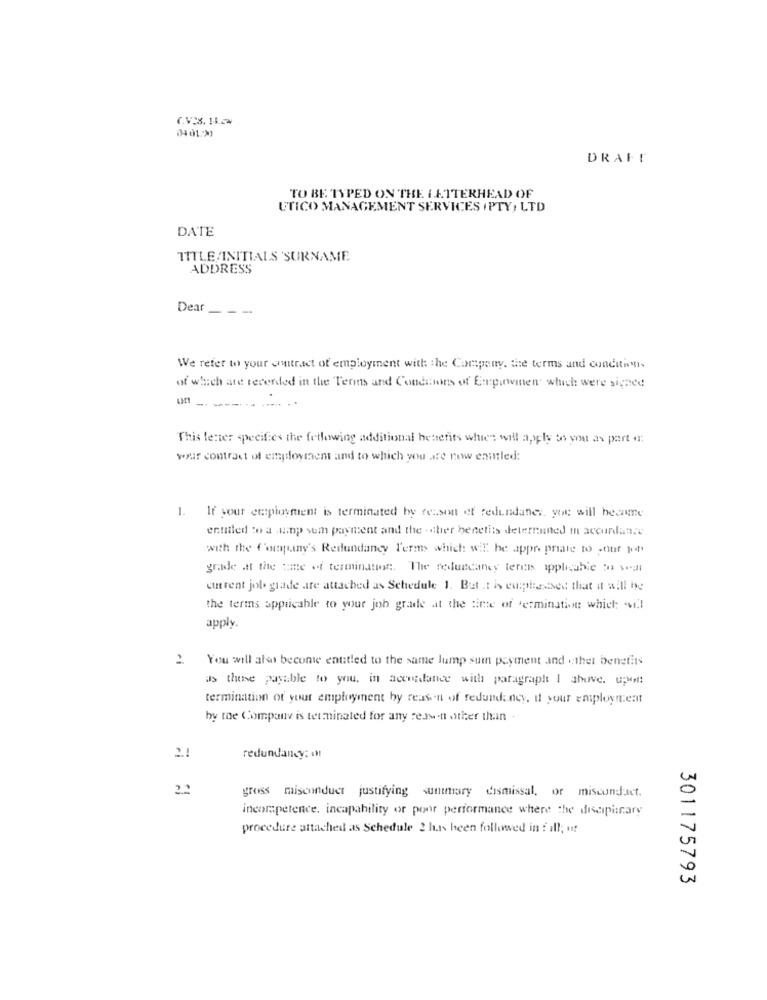
DRAFT
TO BE TYPED ON THE LETTERHEAD OF
UTICO MANAGEMENT SERVICES / PTY, LTD
DATE
TITLE/INITIALS 'SURNAME
ADDRESS
Dear ---
We refer to your gitract of employment with the Company, the terms and conditions
of which are recorded in the Terms and Conditions of Eupuwinen which were signed
This letter specifies the following additional benefits when will apply sos you as part a:
your contract of employment and to which you are noww enmiled:
1. If your employment is terminated by reason of redundaner. you will become
entitled to a ump sem payment and the -tier benefits determined in accordance
with the Company's Redundancy l'erms which wil be appropriate to ,ouif pof
grade at the time of termination. The redundancy terei applicable to vani
current job. giade aire attached as Schedule 1. But .: i cuipleased that it will be
the terms applicable to your job grade at the time of termination which; vi.l
apply.
2. You will also become entitled to the same lump sum payment and thet benefits
as these payable to you, in accordance with paragraph I above, upon
termination of your employment by reason of redundancy, if your employment
by the Company is terminated for any reason other than -
redundancy:
gross misconduct justifying suntmary dismissal, or misconduct.
incompetence. incapability or poor performance where the disciplinare
procedure attached as Schedule 2 has been followed in f ill; ut
301175793